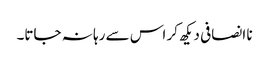
نا انصافی دیکھ کر اس سے رہا نہ جاتا۔